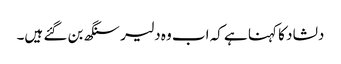
دلشاد کا کہنا ہے کہ اب وہ دلیر سنگھ بن گئے ہیں۔